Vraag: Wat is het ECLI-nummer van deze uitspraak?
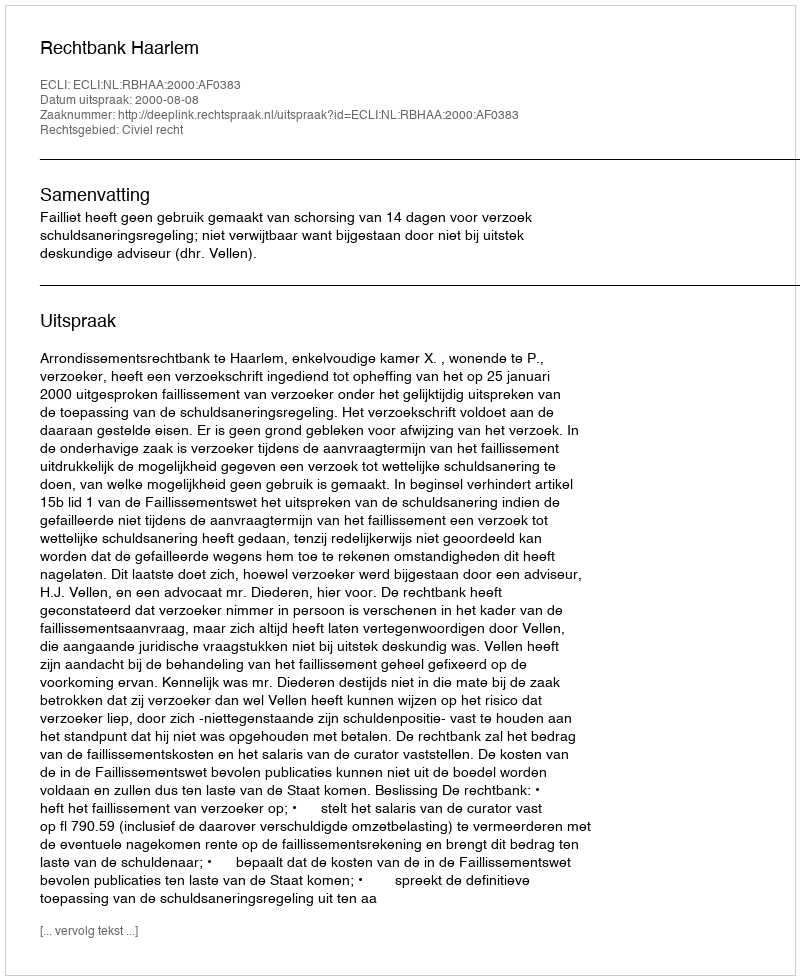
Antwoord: ECLI:NL:RBHAA:2000:AF0383